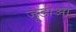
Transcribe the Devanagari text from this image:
जूडीआ